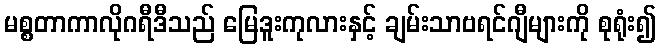
မစ္စတာကာလိုဂရီဒီသည် မြေဒူးကုလားနှင့် ချမ်းသာဗရင်ဂျီများကို စုရုံး၍